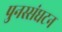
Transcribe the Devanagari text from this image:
पुनस्संघटन